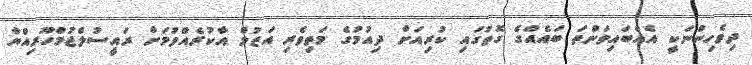
ދިވެހިންނަކީ އެއްބައިވަންތަ ބައެއްގެ ގޮތުގައި ކުރިއަށް ދިއުމުގެ މަތިވެރި އަޒުމް އާކުރެއްވުމަށް ރައީސުލްޖުމްހޫރިއްޔާ